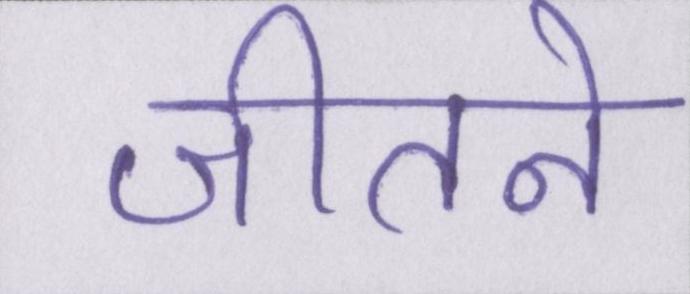
जीतने